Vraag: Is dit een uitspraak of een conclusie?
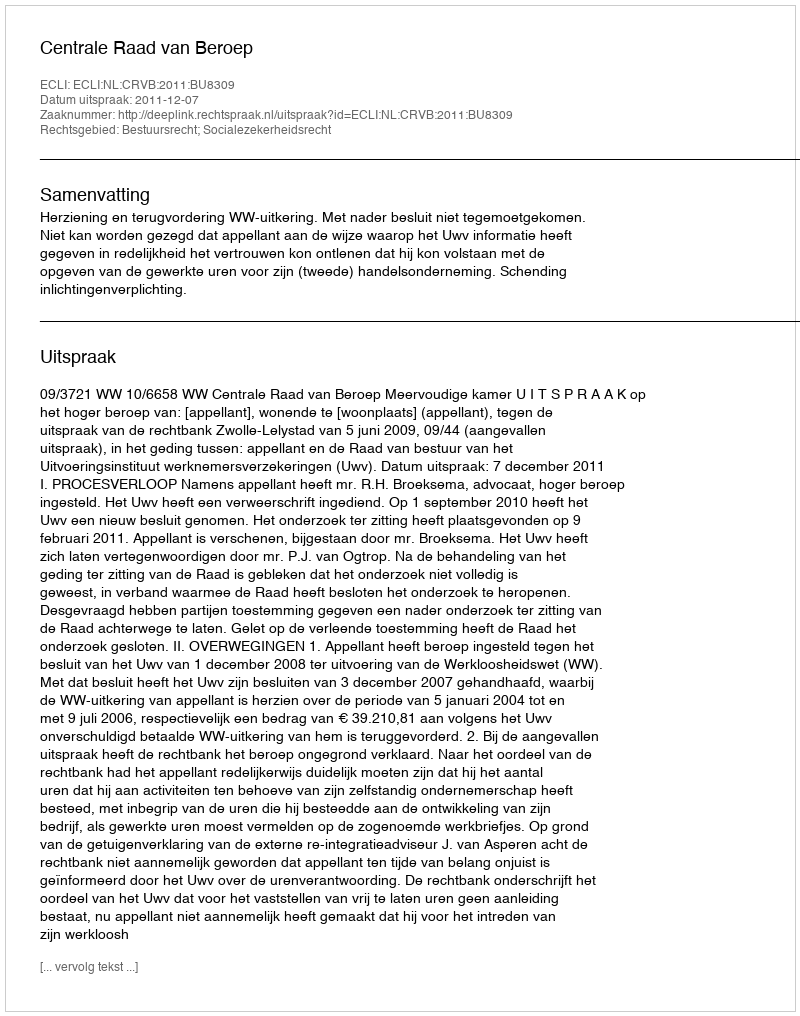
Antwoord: Uitspraak